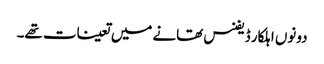
دونوں اہلکار ڈیفنس تھانے میں تعینات تھے۔